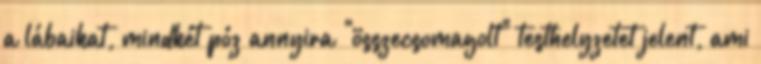
a lábaikat, mindkét póz annyira "összecsomagolt" testhelyzetet jelent, ami